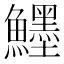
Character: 𱇅